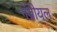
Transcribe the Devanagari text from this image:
गॅब्रीयल